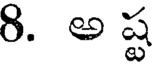
8. అ ష్ట